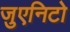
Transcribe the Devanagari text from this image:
जुएनिटो